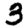
Digit: 3